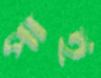
পাই